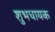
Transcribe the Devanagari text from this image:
शुभधायक